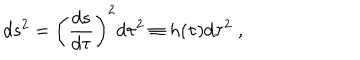
LaTeX: d s ^ { 2 } = \left( \frac { d s } { d \tau } \right) ^ { 2 } d \tau ^ { 2 } \equiv h ( \tau ) d \tau ^ { 2 } \; ,